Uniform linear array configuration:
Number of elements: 12
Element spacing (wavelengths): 1
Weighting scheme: blackman
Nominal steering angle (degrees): -60
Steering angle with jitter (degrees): -60.407
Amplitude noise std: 0.05
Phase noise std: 0.05

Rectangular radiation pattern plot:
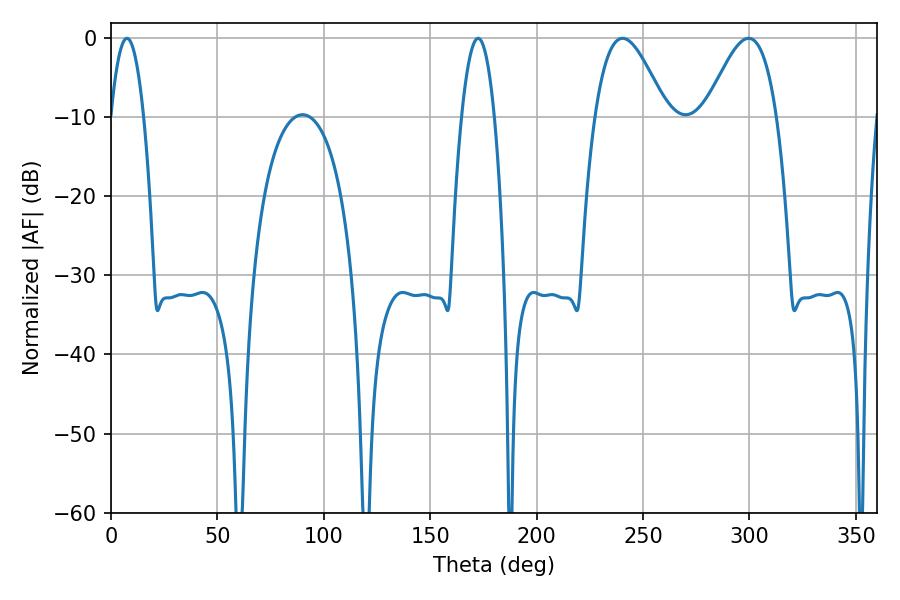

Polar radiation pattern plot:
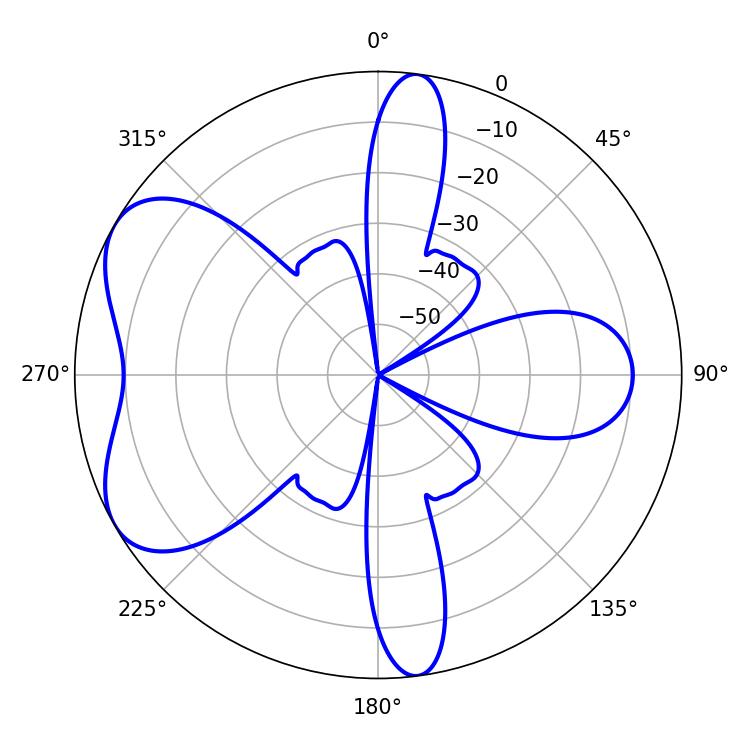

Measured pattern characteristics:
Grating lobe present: TRUE
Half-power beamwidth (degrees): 18
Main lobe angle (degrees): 240.3